Medical and sanitary report of the native army of Madras for the year
Year: 1878
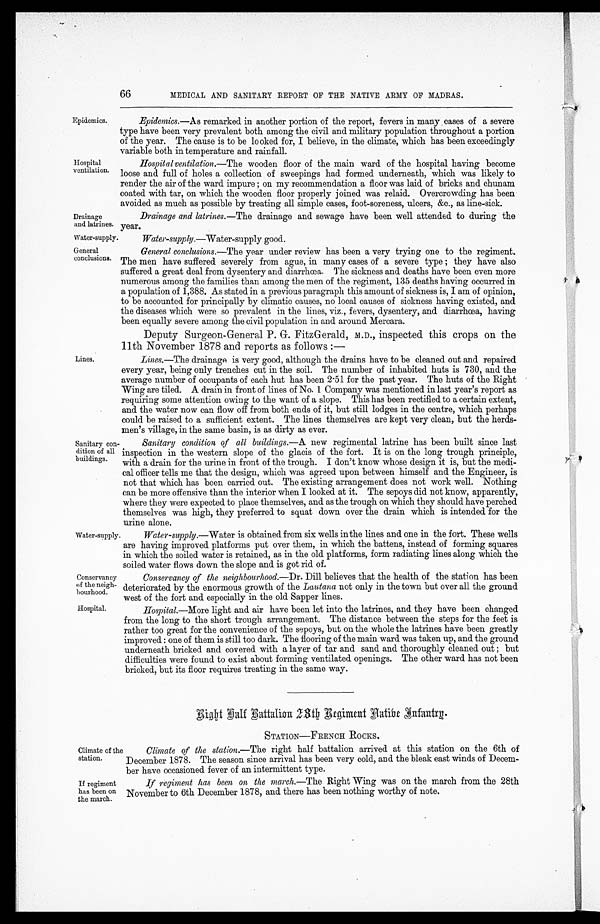
Conservancy
of the neigh
-bourhood.
Hospital.
Climate of the
station.
If regiment
has been on
the march.
66
MEDICAL AND SANITARY REPORT OF THE NATIVE ARMY OF MADRAS.
Epidemics.
Hospital
ventilation.
Drainage
and latrines.
Epidemics.—As remarked in another portion of the report, fevers in many cases of a severe
type have been very prevalent both among the civil and military population throughout a portion
of the year. The cause is to be lo oked for, I believe, in the climate, which has been exceedingly
variable both in temperature and rainfall.
Hospital ventilation.—The wooden floor of the main ward of the hospital having become
loose and full of holes a collection of sweepings had formed underneath, which was likely to
render the air of the ward impure; on my recommendation a floor was laid of bricks and chunam
coated with tar, on which the wooden floor properly joined was relaid. Overcrowding has been
avoided as much as possible by treating all simple cases, foot-soreness, ulcers, &c., as line-sick.
Drainage and latrines.—The drainage and sewage have been well attended to during the
year.
Water-supply.
Water-supply.—Water-supply good.
General
conclusions.
Lines.
General conclusions.—The year under review has been a very trying one to the regiment.
The men have suffered severely from ague, in many cases of a severe type; they have also
suffered a great deal from dysentery and diarrhœa. The sickness and deaths have been even more
numerous among the families than among the men of the regiment, 135 deaths having occurred in
a population of 1,388. As stated in a previous paragraph this amount of sickness is, I am of opinion,
to be accounted for principally by climatic causes, no local causes of sickness having existed, and
the diseases which were so prevalent in the lines, viz., fevers, dysentery, and diarrhœa, having
been equally severe among the civil population in and around Mercara.
Deputy Surgeon-General P. G. FitzGerald, M.D., inspected this crops on the
11th November 1878 and reports as follows:—
Lines.—The drainage is very good, although the drains have to be cleaned out and repaired
every year, being only trenches cut in the soil. The number of inhabited huts is 730, and the
average number of occupants of each hut has been 2.51 for the past year. The huts of the Right
Wing are tiled. A drain in front of lines of No. 1 Company was mentioned in last year's report as
requiring some attention owing to the want of a slope. This has been rectified to a certain extent,
and the water now can flow off from both ends of it, but still lodges in the centre, which perhaps
could be raised to a sufficient extent. The lines themselves are kept very clean, but the herds
- m e n ' s v i l l a g e , i n t h e s a m e b a s i n , i s a s d i r t y a s e v e r .
Sanitary con
- d i t i o n o f a l l
buildings.
Water-supply.
Sanitary condition of all buildings.—A new regimental latrine has been built since last
inspection in the western slope of the glacis of the fort. It is on the long trough principle,
with a drain for the urine in front of the trough. I don't know whose design it is, but the medi
-
cal officer tells me that the design, which was agreed upon between himself and the Engineer, is
not that which has been carried out. The existing arrangement does not work well. Nothing
can be more offensive than the interior when I looked at it. The sepoys did not know, apparently,
where they were expected to place themselves, and as the trough on which they should have perched
themselves was high, they preferred to squat down over the drain which is intended for the
urine alone.
Water-supply.—Water is obtained from six wells in the lines and one in the fort. These wells
are having improved platforms put over them, in which the battens, instead of forming squares
in which the soiled water is retained, as in the old platforms, form radiating lines along which the
soiled water flows down the slope and is got rid of.
Conservancy of the neighbourhood.— Dr. Dill believes that the health of the station has been
deteriorated by the enormous growth of the Lautana not only in the town but over all the ground.
west of the fort and especially in the old Sapper lines.
Hospital.—More light and air have been let into the latrines, and they have been changed
from the long to the short trough arrangement. The distance between the steps for the feet is
rather too great for the convenience of the sepoys, but on the whole the latrines have been greatly
improved: one of them is still too dark. The flooring of the main ward was taken up, and the ground
underneath bricked and covered with a layer of tar and sand and thoroughly cleaned out; but
difficulties were found to exist about forming ventilated openings. The other ward has not been
bricked, but its floor requires treating in the same way.
Right Ralf Rattalion 28th Regiment native Infantry.
STATION—FRENCH ROCKS.
Climate of the station.—The right half battalion arrived at this station on the 6th of
December 1878. The season since arrival has been very cold, and the bleak east winds of Decem
-
ber have occasioned fever of an intermittent type.
If regiment has been on the march.—The Right Wing was on the march from the 28th
November to 6th December 1878, and there has been nothing worthy of note.